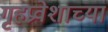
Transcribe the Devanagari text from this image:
गृहप्रवेशाच्या